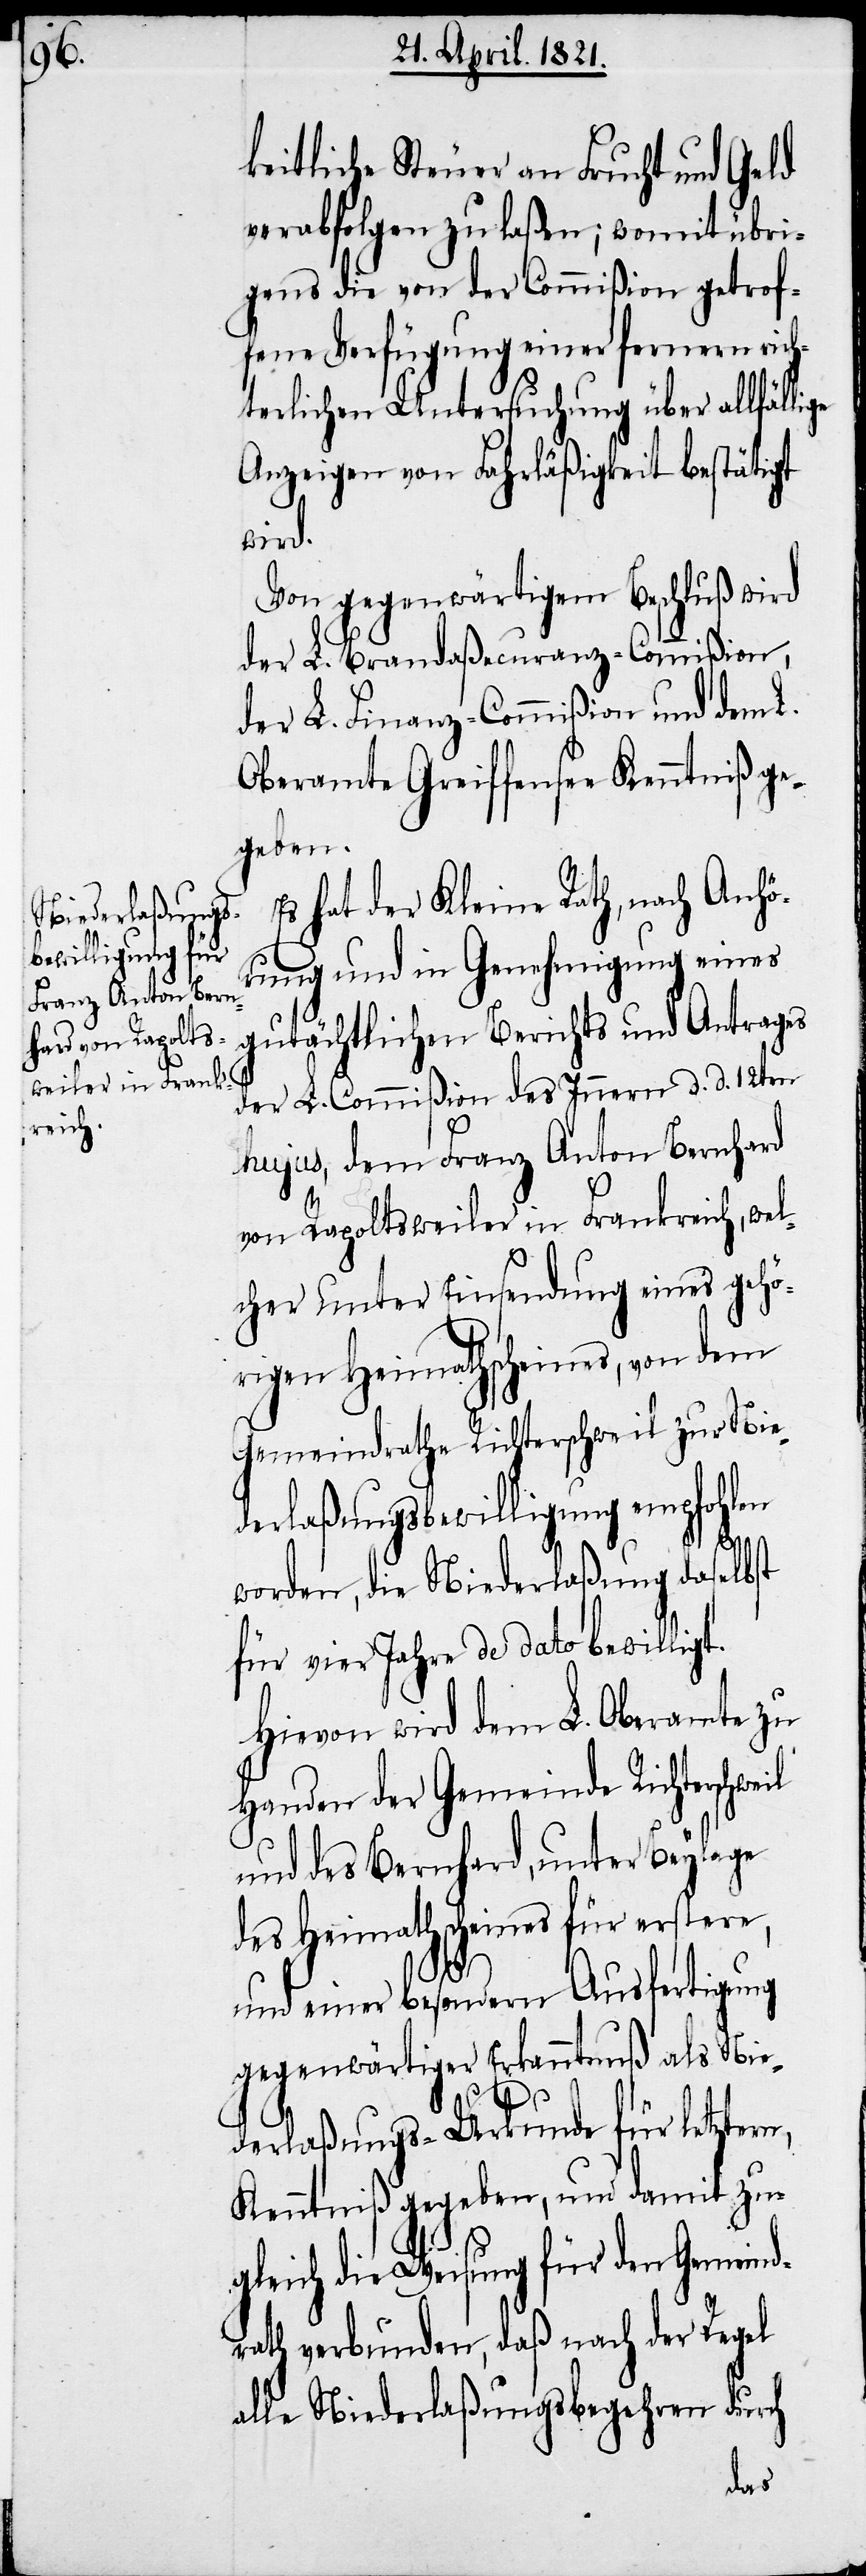
n,

keitliche Steuer an Frucht und Geld
verabfolgen zu laßen; womit übri¬
gens die von der Commißion getrof¬
fene Verfügung einer fernern rich¬
terlichen Untersuchung über allfälli¬
Anzeigen von Fahrläßigkeit bestätigt
wird.
Von gegenwärtigem Beschluß wird
der L. Brandaßecuranz-Commißion,
der L. Finanz-Commißion und dem L.
Oberamte Greiffensee Kenntniß ge¬
geben.
Es hat der Kleine Rath, nach Anhö¬
rung und in Genehmigung eines
gutächtlichen Berichts und Antrages
der L. Commißion des Innern d. d. 12ten
hujus, dem Franz Anton Bernhard
von Rapoltsweiler in Frankreich, wel¬
cher unter Einsendung eines gehö¬
rigen Heimathscheins, von dem
Gemeindrathe Richterschweil zur Nie¬
derlaßungsbewilligung empfohlen
worden, die Niederlaßung daselbst
für vier Jahre de dato bewilligt.
Hievon wird dem L. Oberamte zu
Handen der Gemeinde Richterschweil
und des Bernhard, unter Beylage
des Heimathscheines für erstern,
und einer besondern Ausfertigung
gegenwärtiger Erkanntnuß als Nie¬
derlaßungs-Urkunde für letzter¬
Kenntniß gegeben, und damit zu¬
gleich die Weisung für den Gemeind¬
rath verbunden, daß nach der Regel
alle Niederlaßungsbegehren durch